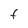
Character: F